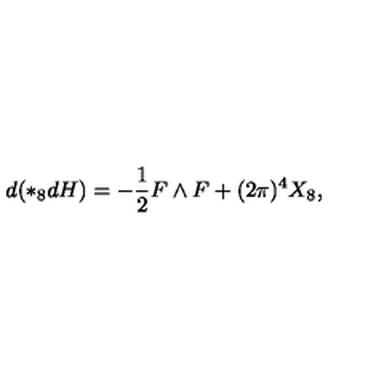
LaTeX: d ( \ast _ { 8 } d H ) = - \frac { 1 } { 2 } F \wedge F + ( 2 \pi ) ^ { 4 } X _ { 8 } ,